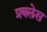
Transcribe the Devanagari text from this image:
प्रबलेस